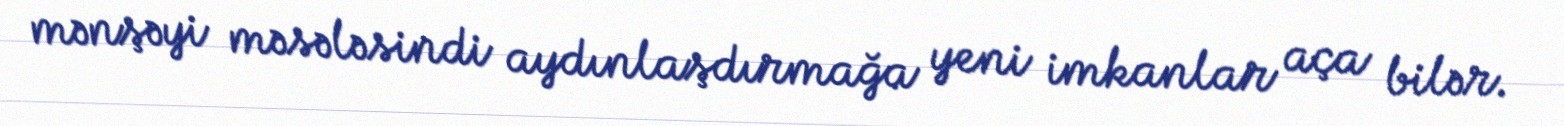
mənşəyi məsələsindi aydınlaşdırmağa yeni imkanlar aça bilər.